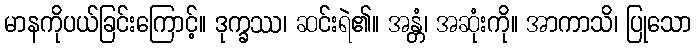
မာနကိုပယ်ခြင်းကြောင့်။ ဒုက္ခဿ၊ ဆင်းရဲ၏။ အန္တံ၊ အဆုံးကို။ အာကာသိ၊ ပြုသော